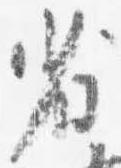
省